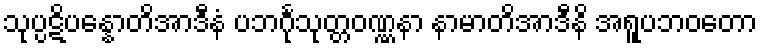
သုပ္ပဋိပန္နောတိအာဒီနံ ပဘင်္ဂုသုတ္တဝဏ္ဏနာ နာမာတိအာဒီနိ အရူပဘဝတော